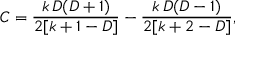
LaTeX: C = \frac { k \, D ( D + 1 ) } { 2 [ k + 1 - D ] } - \frac { k \, D ( D - 1 ) } { 2 [ k + 2 - D ] } ,